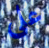
على